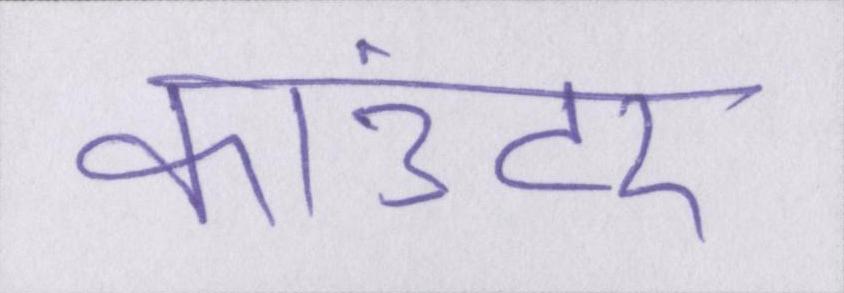
काउंटर